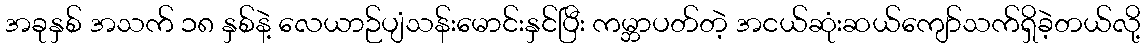
အခုနှစ် အသက် ၁၈ နှစ်နဲ့ လေယာဉ်ပျံသန်းမောင်းနှင်ပြီး ကမ္ဘာပတ်တဲ့ အငယ်ဆုံးဆယ်ကျော်သက်ရှိခဲ့တယ်လို့